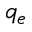
q _ { e }